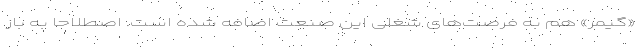
«گیمر» هم به فرصت‌های شغلی این صنعت اضافه شده است. اصطلاحا به باز